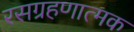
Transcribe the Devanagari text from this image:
रसग्रहणात्मक